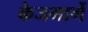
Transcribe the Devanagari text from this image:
केजमार्गे